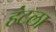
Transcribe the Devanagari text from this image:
हंटला